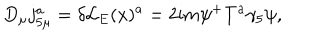
D _ { \mu } j _ { 5 \mu } ^ { a } = \delta { \cal L } _ { E } ( x ) ^ { a } = 2 \mathrm { i } m \psi ^ { + } T ^ { a } \gamma _ { 5 } \psi ,